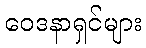
ဝေဒနာရှင်များ